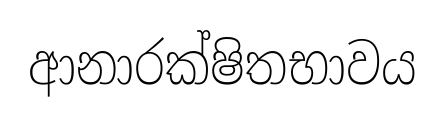
ආනාරක්ෂිතභාවය